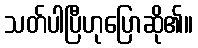
သတ်ပါပြီဟုပြောဆို၏။